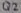
Text: Q2